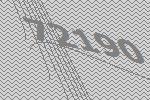
72190